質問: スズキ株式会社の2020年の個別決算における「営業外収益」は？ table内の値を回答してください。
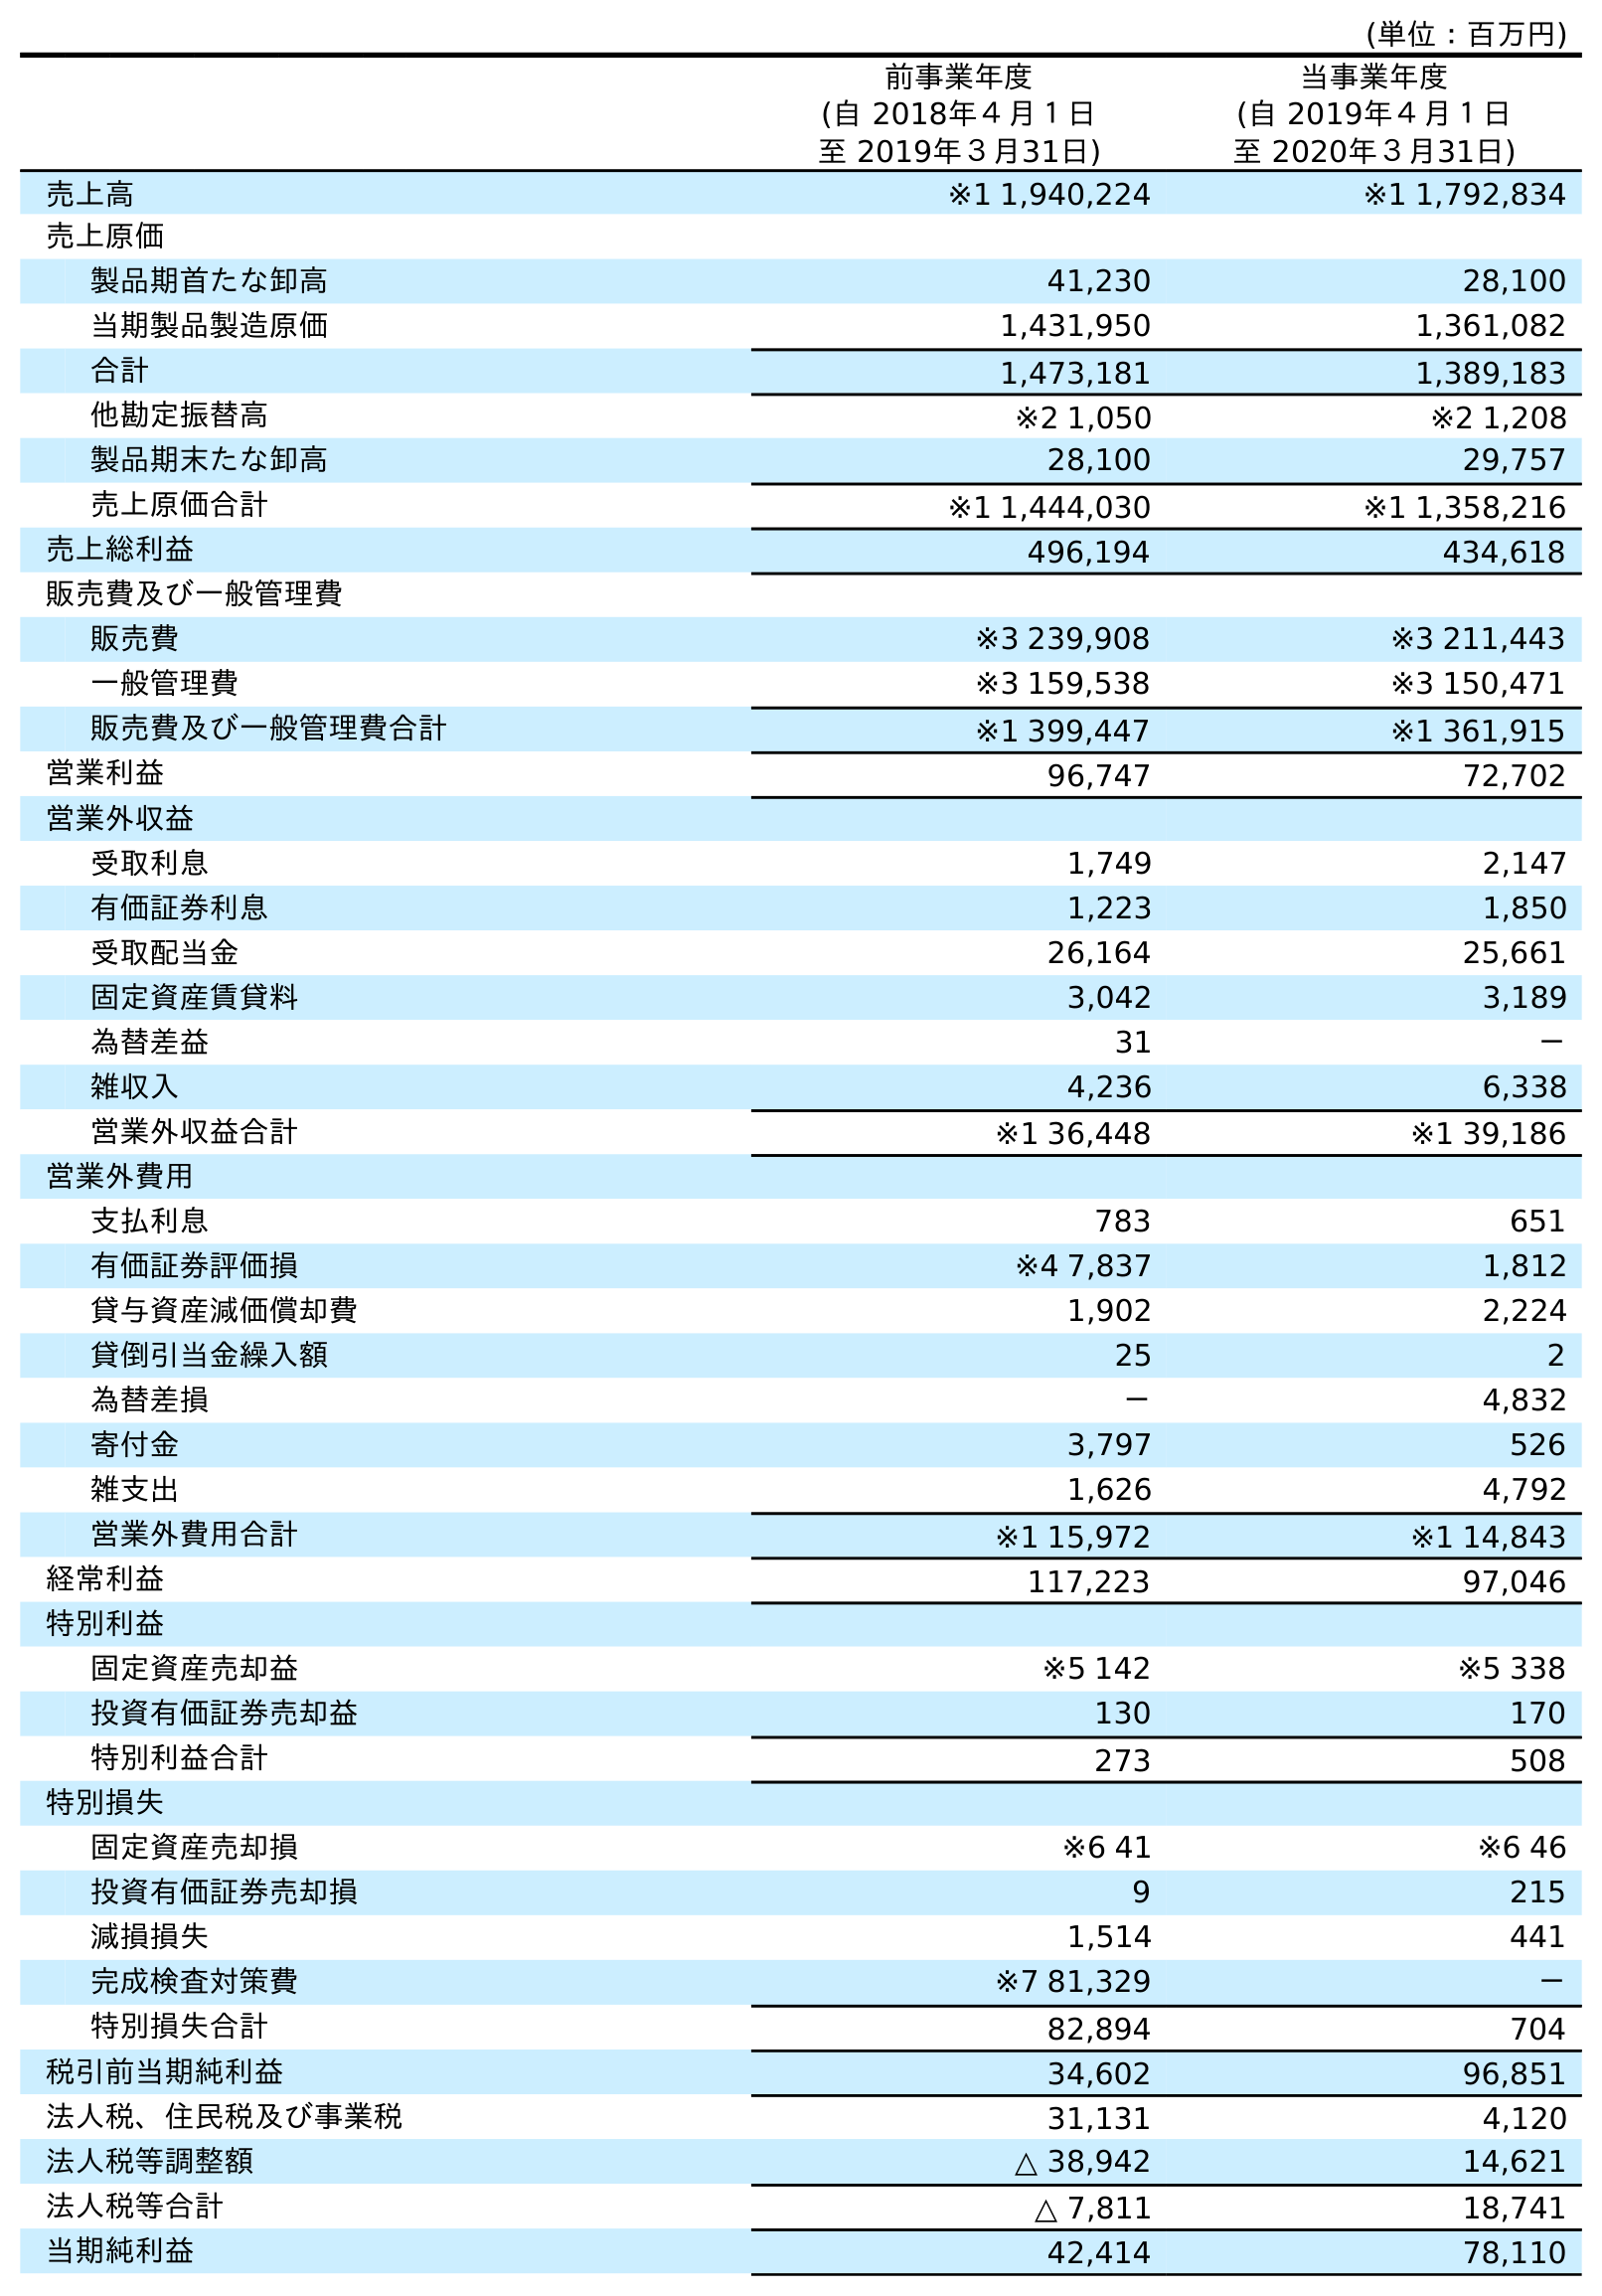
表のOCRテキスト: (単位：百万円) 前事業年度 (自 2018年４月１日 至 2019年３月31日) 当事業年度 (自 2019年４月１日 至 2020年３月31日) 売上高 ※1 1,940,224 ※1 1,792,834 売上原価 製品期首たな卸高 41,230 28,100 当期製品製造原価 1,431,950 1,361,082 合計 1,473,181 1,389,183 他勘定振替高 ※2 1,050 ※2 1,208 製品期末たな卸高 28,100 29,757 売上原価合計 ※1 1,444,030 ※1 1,358,216 売上総利益 496,194 434,618 販売費及び一般管理費 販売費 ※3 239,908 ※3 211,443 一般管理費 ※3 159,538 ※3 150,471 販売費及び一般管理費合計 ※1 399,447 ※1 361,915 営業利益 96,747 72,702 営業外収益 受取利息 1,749 2,147 有価証券利息 1,223 1,850 受取配当金 26,164 25,661 固定資産賃貸料 3,042 3,189 為替差益 31 － 雑収入 4,236 6,338 営業外収益合計 ※1 36,448 ※1 39,186 営業外費用 支払利息 783 651 有価証券評価損 ※4 7,837 1,812 貸与資産減価償却費 1,902 2,224 貸倒引当金繰入額 25 2 為替差損 － 4,832 寄付金 3,797 526 雑支出 1,626 4,792 営業外費用合計 ※1 15,972 ※1 14,843 経常利益 117,223 97,046 特別利益 固定資産売却益 ※5 142 ※5 338 投資有価証券売却益 130 170 特別利益合計 273 508 特別損失 固定資産売却損 ※6 41 ※6 46 投資有価証券売却損 9 215 減損損失 1,514 441 完成検査対策費 ※7 81,329 － 特別損失合計 82,894 704 税引前当期純利益 34,602 96,851 法人税、住民税及び事業税 31,131 4,120 法人税等調整額 △ 38,942 14,621 法人税等合計 △ 7,811 18,741 当期純利益 42,414 78,110
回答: ※139,186